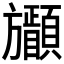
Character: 𣄩